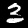
Digit: 3